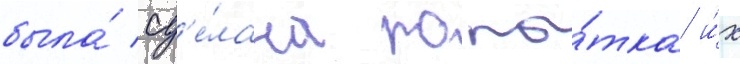
была́ сд'е́лана попы́тка и́х